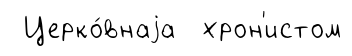
Церко́внаjа хрон'истом